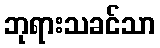
ဘုရားသခင်သာ